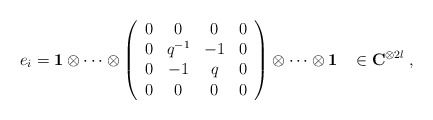
\begin{align*}e_{i}={\bf 1}\otimes \cdots \otimes \left(\begin{array}{cccc} 0&0&0&0\\ 0&q^{-1}&-1&0\\ 0&-1&q&0\\ 0&0&0&0 \end{array}\right) \otimes \cdots \otimes{\bf 1}\;\;\; \in {\bf C}^{\otimes 2l}\;, \end{align*}